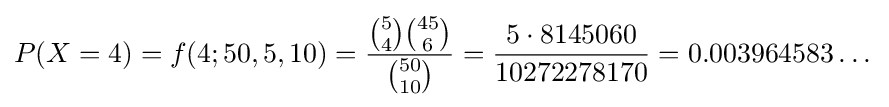
P(X=4)=f(4;50,5,10)={{{5 \choose 4}{{45} \choose {6}}} \over {50 \choose 10}}={5\cdot 8145060 \over 10272278170}=0.003964583\dots